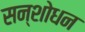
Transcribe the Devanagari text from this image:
सन्शोधन